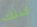
كذلك